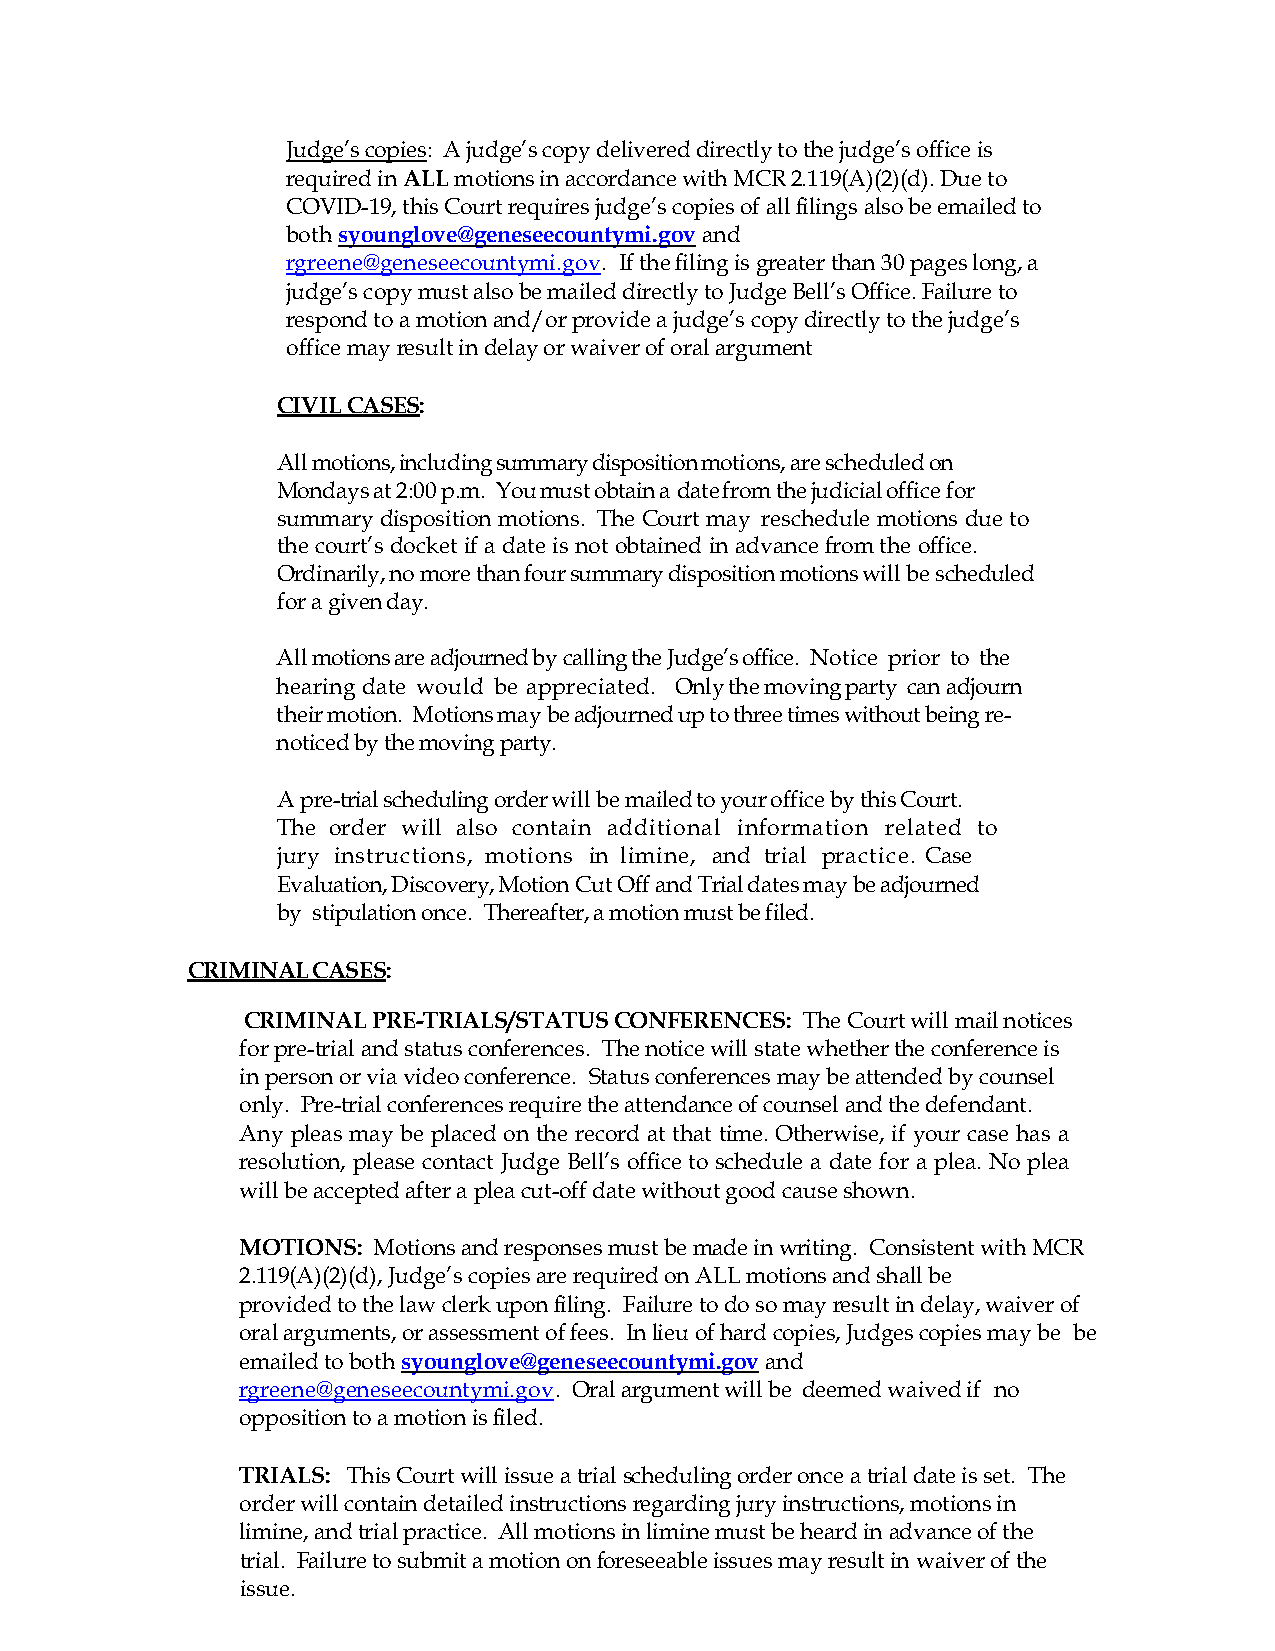
Judge’s copies: A judge’s copy delivered directly to the judge’s office is
 required in ALL motions in accordance with MCR 2.119(A)(2)(d). Due to
 COVID-19, this Court requires judge’s copies of all filings also be emailed to
 both syounglove@geneseecountymi.gov and
 rgreene@geneseecountymi.gov. If the filing is greater than 30 pages long, a
 judge’s copy must also be mailed directly to Judge Bell’s Office. Failure to
 respond to a motion and/or provide a judge’s copy directly to the judge’s
 office may result in delay or waiver of oral argument
 CIVIL CASES:
 All motions, including summary disposition motions, are scheduled on
 Mondays at 2:00 p.m. You must obtain a date from the judicial office for
 summary disposition motions. The Court may reschedule motions due to
 the court’s docket if a date is not obtained in advance from the office.
 Ordinarily, no more than four summary disposition motions will be scheduled
 for a given day.
 All motions are adjourned by calling the Judge’s office. Notice prior to the
 hearing date would be appreciated. Only the moving party can adjourn
 their motion. Motions may be adjourned up to three times without being re-
 noticed by the moving party.
 A pre-trial scheduling order will be mailed to your office by this Court.
 The order will also contain additional information related to
 jury instructions, motions in limine, and trial practice. Case
 Evaluation, Discovery, Motion Cut Off and Trial dates may be adjourned
 by stipulation once. Thereafter, a motion must be filed.
 CRIMINAL CASES:
 CRIMINAL PRE-TRIALS/STATUS CONFERENCES: The Court will mail notices
 for pre-trial and status conferences. The notice will state whether the conference is
 in person or via video conference. Status conferences may be attended by counsel
 only. Pre-trial conferences require the attendance of counsel and the defendant.
 Any pleas may be placed on the record at that time. Otherwise, if your case has a
 resolution, please contact Judge Bell’s office to schedule a date for a plea. No plea
 will be accepted after a plea cut-off date without good cause shown.
 MOTIONS: Motions and responses must be made in writing. Consistent with MCR
 2.119(A)(2)(d), Judge’s copies are required on ALL motions and shall be
 provided to the law clerk upon filing. Failure to do so may result in delay, waiver of
 oral arguments, or assessment of fees. In lieu of hard copies, Judges copies may be be
 emailed to both syounglove@geneseecountymi.gov and
 rgreene@geneseecountymi.gov. Oral argument will be deemed waived if no
 opposition to a motion is filed.
 TRIALS: This Court will issue a trial scheduling order once a trial date is set. The
 order will contain detailed instructions regarding jury instructions, motions in
 limine, and trial practice. All motions in limine must be heard in advance of the
 trial. Failure to submit a motion on foreseeable issues may result in waiver of the
 issue.